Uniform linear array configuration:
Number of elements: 24
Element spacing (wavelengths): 1
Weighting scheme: cosine
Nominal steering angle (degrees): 45
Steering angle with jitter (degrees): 44.73
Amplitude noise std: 0.05
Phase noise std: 0.05

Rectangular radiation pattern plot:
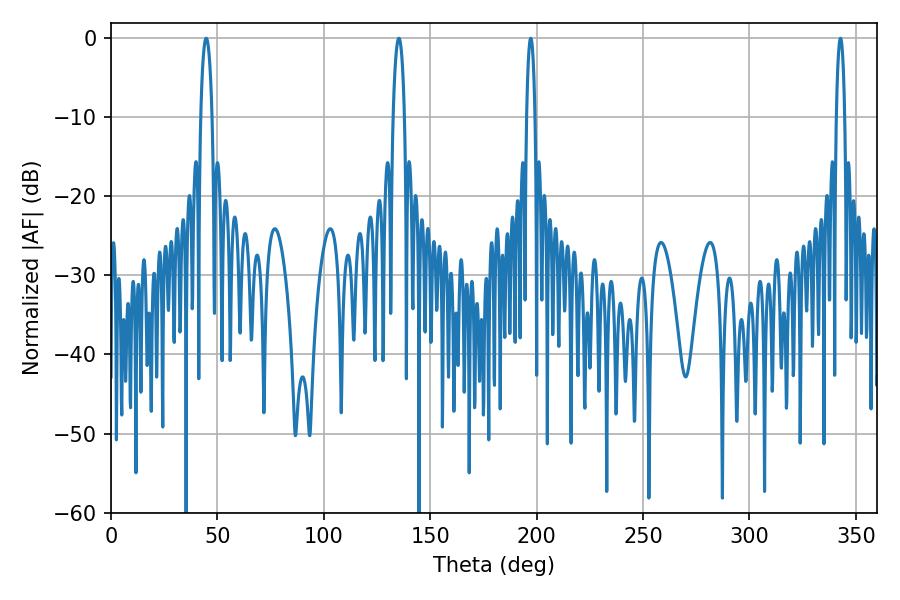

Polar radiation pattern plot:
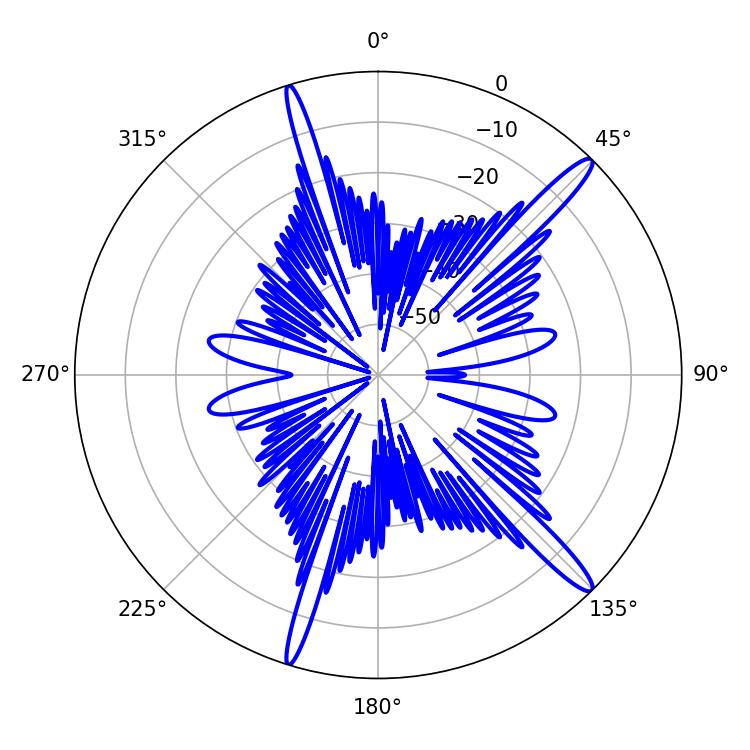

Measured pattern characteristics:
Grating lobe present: TRUE
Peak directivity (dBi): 15.42
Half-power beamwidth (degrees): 2.16
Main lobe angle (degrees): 342.72